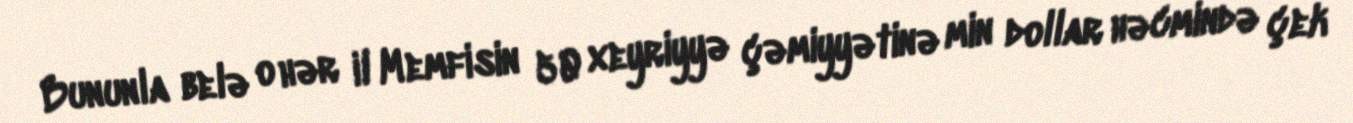
Bununla belə o hər il Memfisin 50 xeyriyyə çəmiyyətinə min dollar həcmində çek